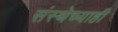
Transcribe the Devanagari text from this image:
संस्थेच्याही